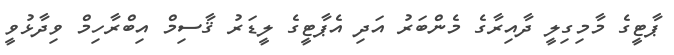
ޕާޓީގެ މާމިގިލީ ދާއިރާގެ މެންބަރު އަދި އެޕާޓީގެ ލީޑަރު ޤާސިމް އިބްރާހިމް ވިދާޅުވީ